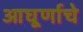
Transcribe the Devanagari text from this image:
आघूर्णाचे